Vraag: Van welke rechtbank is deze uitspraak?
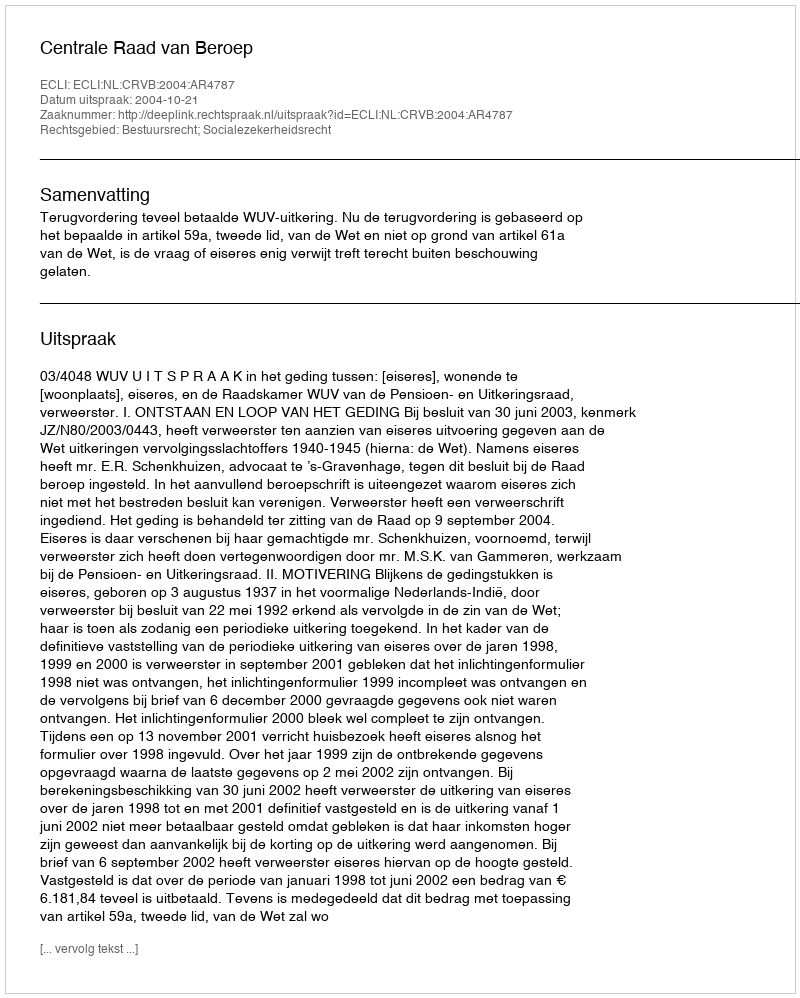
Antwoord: Centrale Raad van Beroep